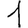
Digit: 1